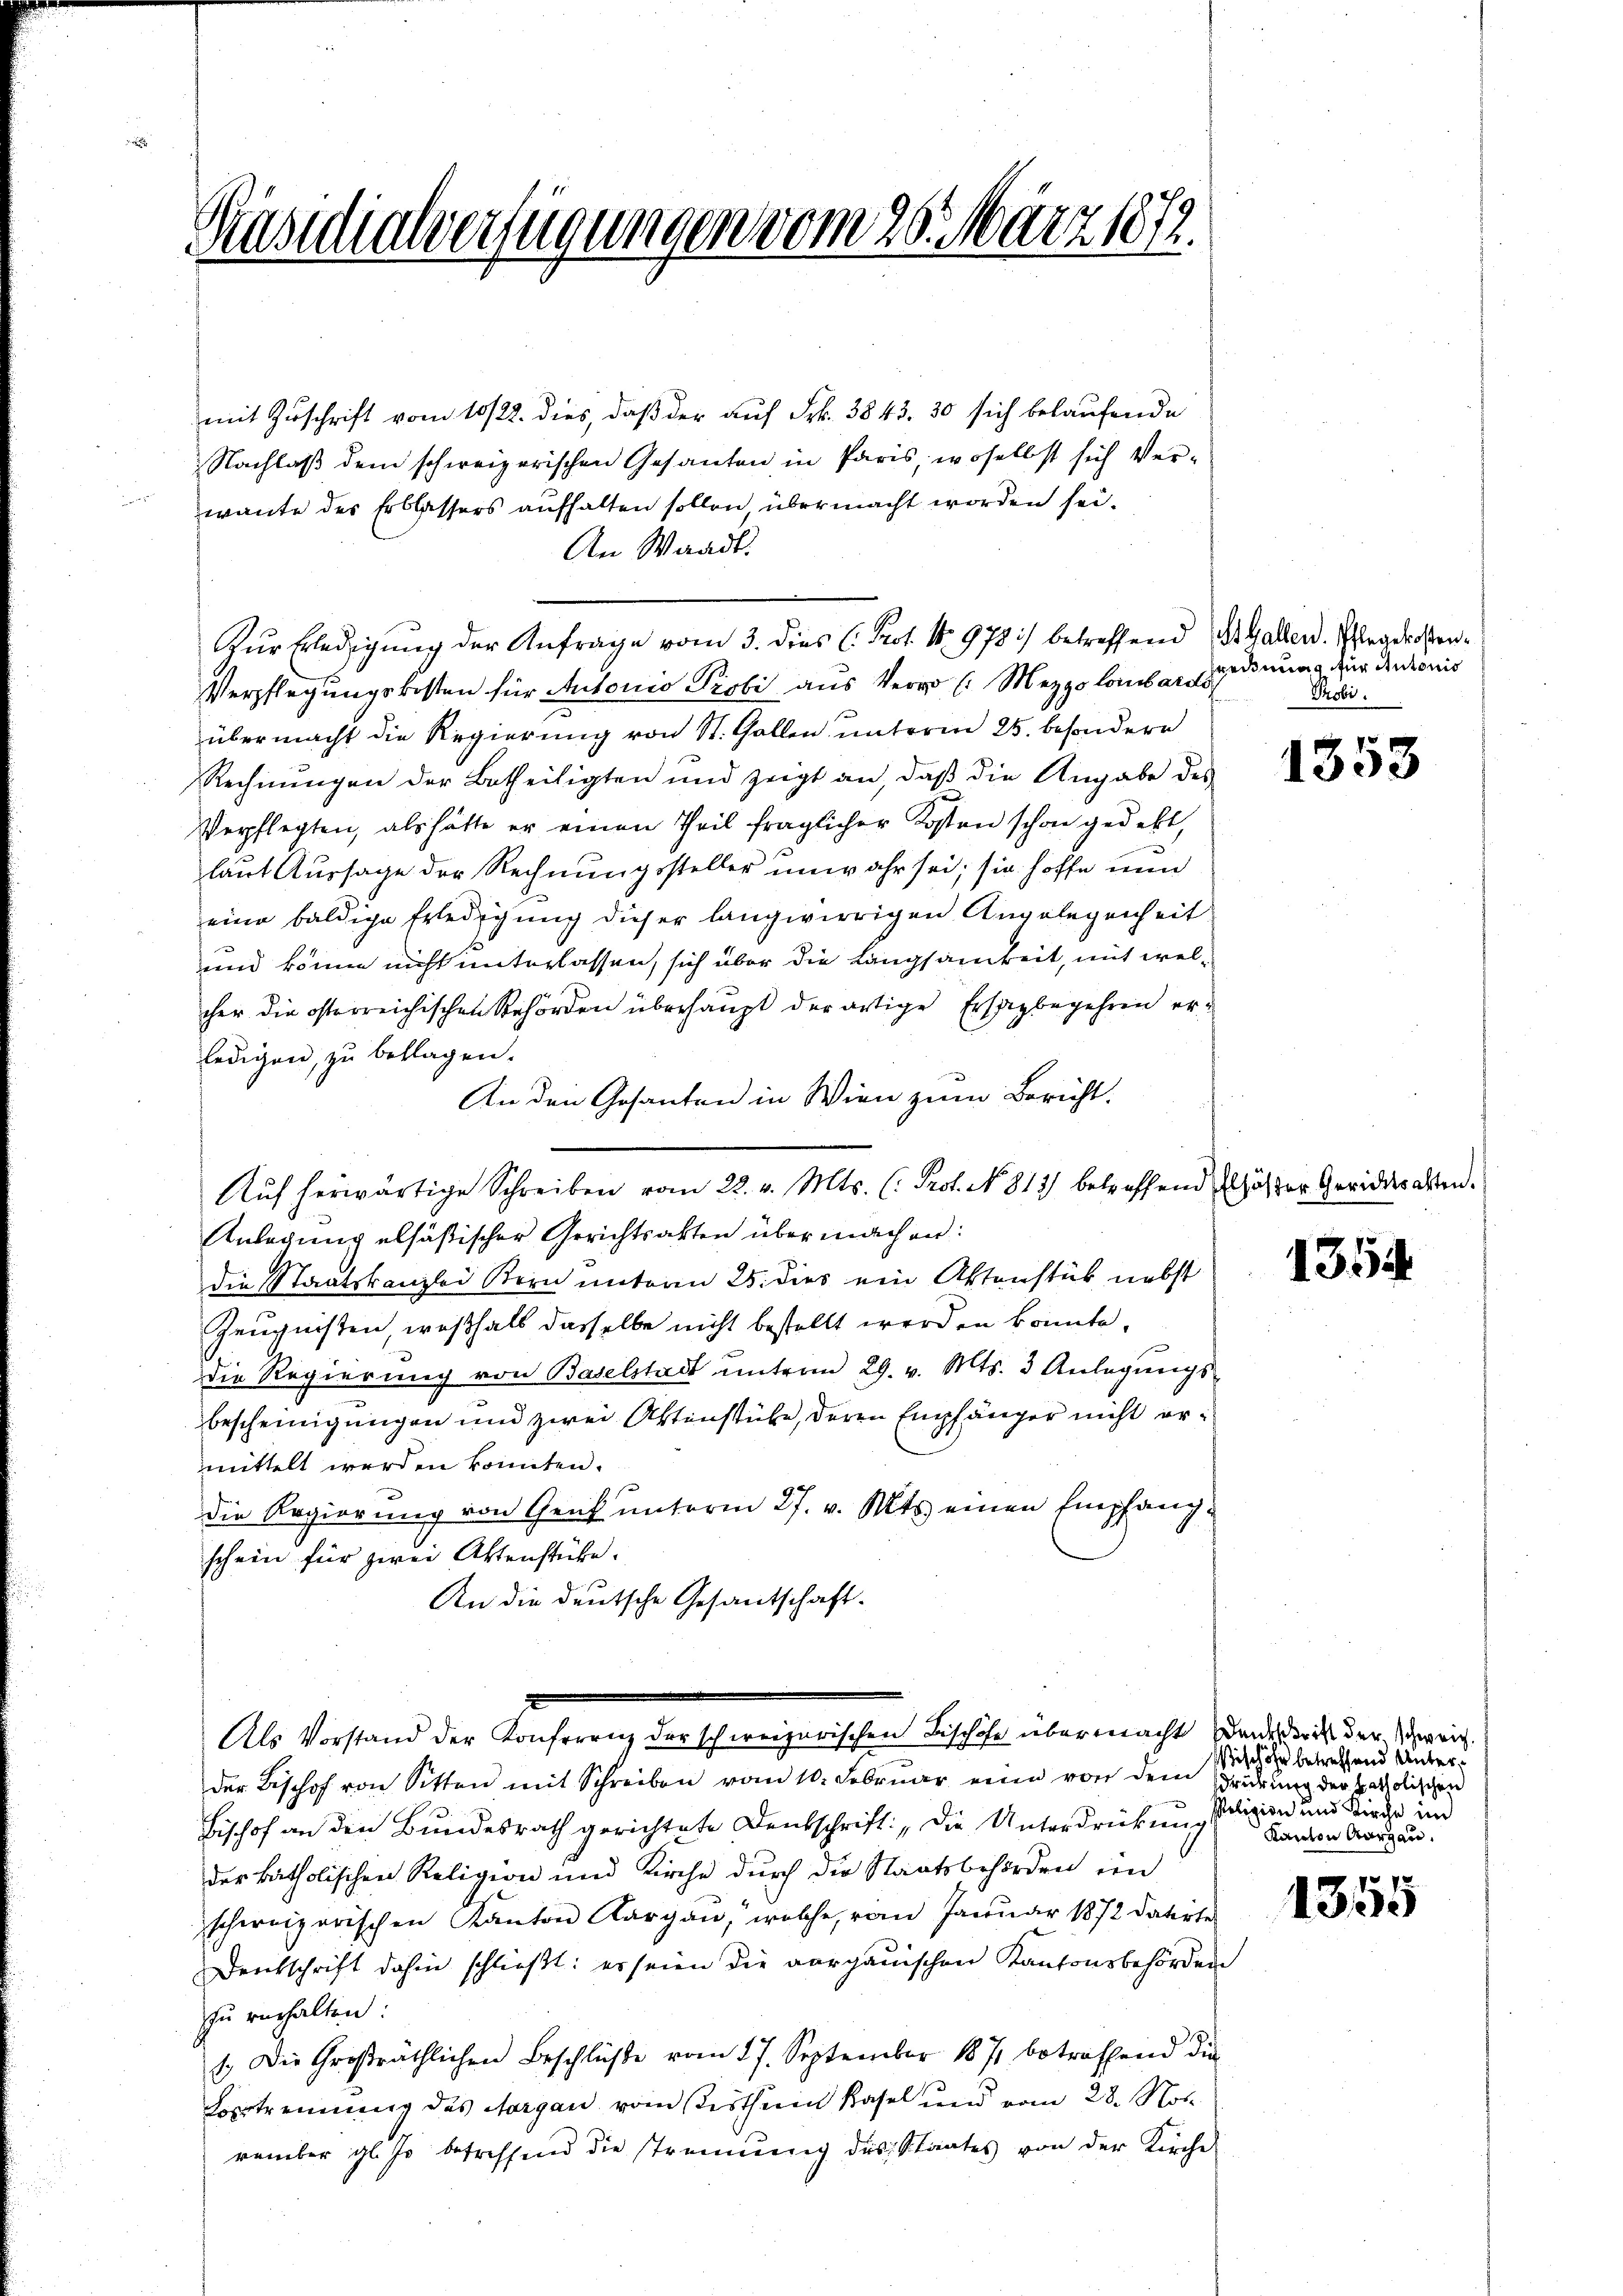
Präsidialverfügungen vom 26. März 1878.

mit Zuschrift vom 10/22. dies, daß der auf Frk. 3843. 30 sich belaufende
Nachlaß dem schweizerischen Gesanten in Paris, woselbst sich Ver-
wante des Erblassers aufhalten sollen, übermacht worden sei.
An Waadt.
Zŭr Erledigŭng der Anfrage vom 3. dies C. Prot. N. 978) betreffend St. Gallen. Pflegdrosten¬
Verpflegungskosten für Autonio Probi aus Herr Mezzo lombar nun zur den konis
übermacht die Regierung von St. Gallen unterm 25. besondern
Rechnungen der Betheiligten und zeigt an, daß die Angabe des
Verpflegten, als hätte er einen Theil fraglicher Kosten schon gedekt,
laut Aussage der Rechnungssteller unwahr sei; sie hoffe nun
eine baldige Erledigung dieser langwierigen Angelegenheit
und könne nicht unterlassen, sich über die Langsamkeit, mit welcher die österreichischen Behörden überhaupt derartige Ersagbegehren erledigen, zu beklagen.
An den Gesanten in Wien zum Bericht.
Anlagung elsäßischer Gerichtsakten übermachen:
die Staatskanzlei Bern unterm 25. dies ein Aktenstück nebst
Zeugnissen, weßhalb dasselbe nicht bestellt werden könnte.
die Regierung von Baselstadt unterm 29. v. Mts. 3 Anlegungsbescheinigungen und zwei Aktenstube, deren Empfänger nicht ermittelt werden könnten.
die Regierŭng von Genf ŭnterm 27. v. Mts. einen Empfang-
schein für zwei Aktenstücke.
An die deutsche Gesandschaft.
Als Vorstand der Konferenz der schweizerischen Bischöfe übermacht Dankseit der Schweiz.
der Beschof von Sitten mit Schreiben vom 10. Februar eine von dem Brührung der Paolischen
Bischof an den Bundesrath gerichtete Deutschrift: „Die Unterdrückung Baron Aargau.
der katholischen Religion und Kirche durch die Staatsbehörden im
schweizerischen Kanton Aargau, welche, vom Januar 1872 datirte
Dentschrift dahin schlieβt: es seien die vorganischen Kantonsbehörden
zu verhalten:
1. Die Großräthlichen Beschlüβe vom 27. September 1871 betreffend die
Vertrennung des Aargau vom seisthum Kasel und vom 28. Not
vember gl. so betreffend die Trennung des Staates von der Kirche

Aŭf herwärtige Schreiben vom 22. v. Mts. (: Prof. No. 813) betreffend Erhöhter Gerichtsakten.

Probi

1353

1354

ishöhe betreffend Unterseligion und Kirche im

15
1395